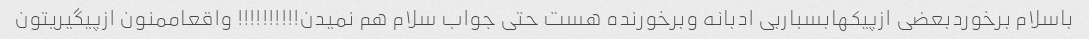
باسلام برخوردبعضی ازپیکهابسباربی ادبانه وبرخورنده هست حتی جواب سلام هم نمیدن!!!!!!!!!! واقعاممنون ازپیگیریتون